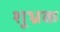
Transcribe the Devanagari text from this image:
शूभ्रक